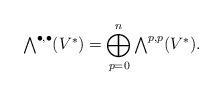
LaTeX: \begin{align*}\textstyle\bigwedge^{\bullet,\bullet}(V^*)=\displaystyle\bigoplus_{p=0}^n \textstyle\bigwedge^{p,p}(V^*).\end{align*}